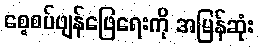
စေ့စပ်ဖျန်ဖြေရေးကို အမြန်ဆုံး